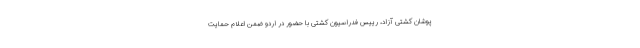
پوشان کشتی آزاد، رییس فدراسیون کشتی با حضور در اردو ضمن اعلام حمایت